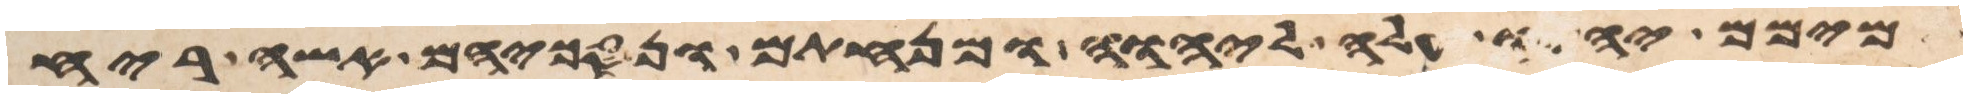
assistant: תמימם יהיו עלה ליהוה ומנחתם ונסכיהם אשה ריח